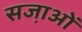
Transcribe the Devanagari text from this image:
सजा़ओं